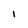
Character: I